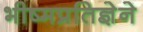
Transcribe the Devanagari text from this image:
भीष्मप्रतिज्ञेने